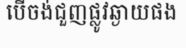
បើចង់ជួញផ្លូវឆ្ងាយផង